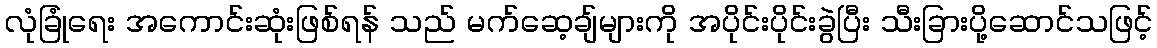
လုံခြုံရေး အကောင်းဆုံးဖြစ်ရန် သည် မက်ဆေ့ချ်များကို အပိုင်းပိုင်းခွဲပြီး သီးခြားပို့ဆောင်သဖြင့်